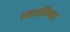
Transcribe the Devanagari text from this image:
नाहीना